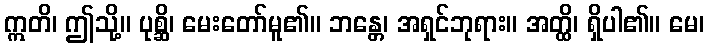
ဣတိ၊ ဤသို့။ ပုစ္ဆိ၊ မေးတော်မူ၏။ ဘန္တေ၊ အရှင်ဘုရား။ အတ္ထိ၊ ရှိပါ၏။ မေ၊